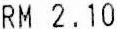
RM 2.10